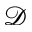
\mathcal D